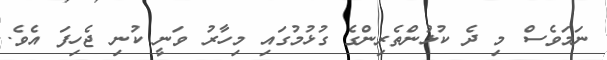
ނަމަވެސް މި ދެ ކުޅުންތެރިންގެ ގުޅުމުގައި މިހާރު ވަނީ ކުނި ޖެހިފަ އެވެ.